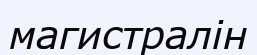
магистралін